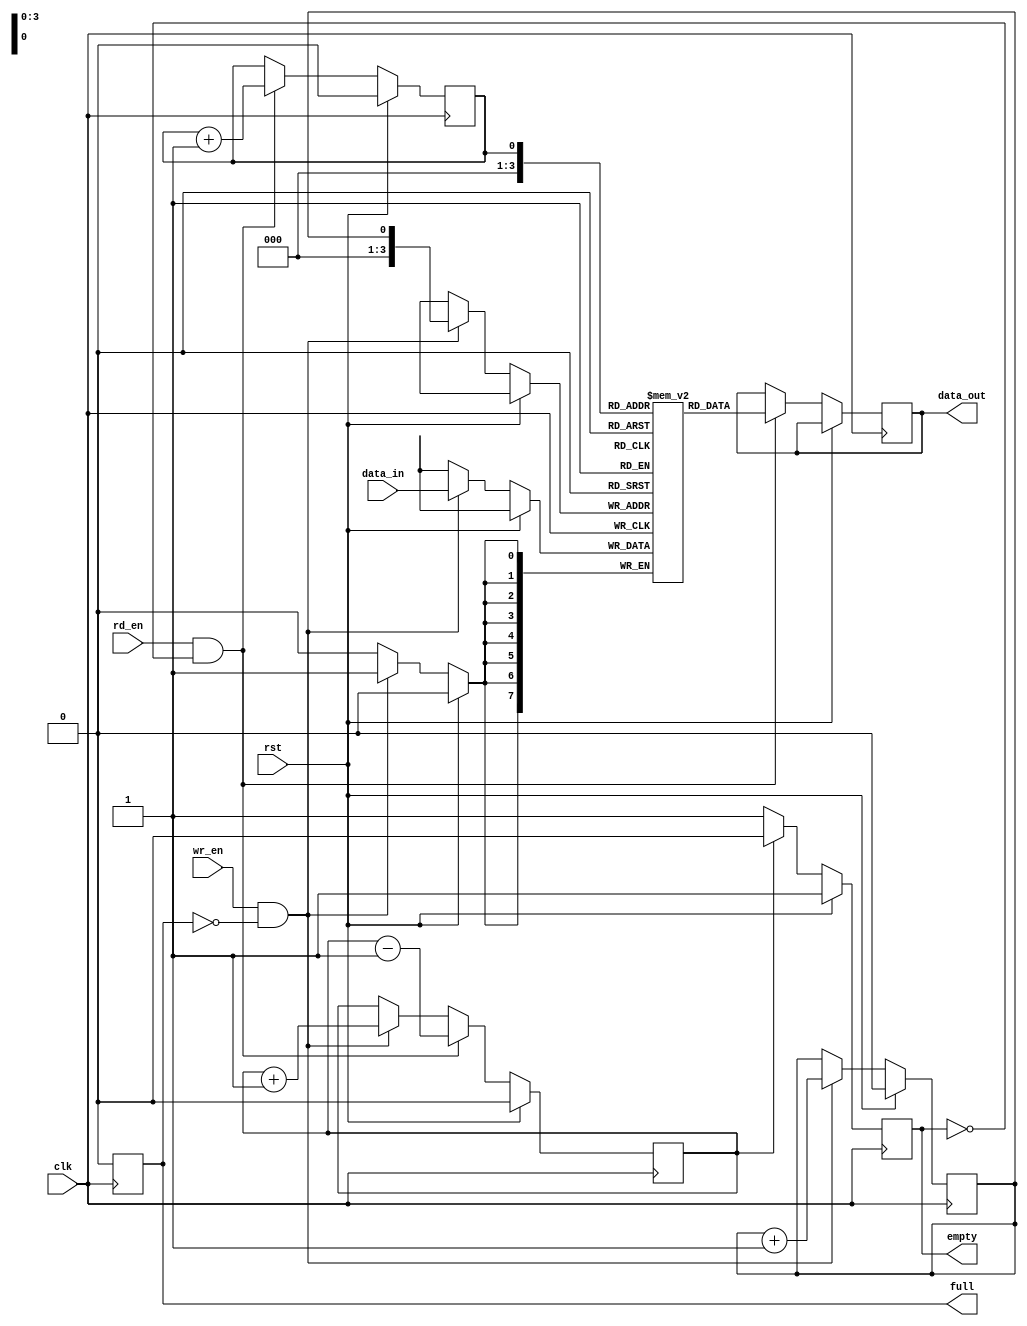
module fifo #
  (
    parameter DATA_WIDTH = 8,       // Data width of FIFO
    parameter DEPTH = 16,           // Depth of FIFO
    parameter FULL_THRESHOLD = 14   // Full threshold for FIFO
  )
  (
    input clk,                      // Clock signal
    input rst,                      // Reset signal
    input wr_en,                    // Write enable signal
    input rd_en,                    // Read enable signal
    input [DATA_WIDTH-1:0] data_in, // Input data to be written
    output reg [DATA_WIDTH-1:0] data_out, // Output data read
    output reg full,                // Full flag
    output reg empty                // Empty flag
  );

  reg [DATA_WIDTH-1:0] mem[DEPTH-1:0];   // Data memory
  reg wr_ptr = 0;                        // Write pointer
  reg rd_ptr = 0;                        // Read pointer
  reg count = 0;                         // Counter
  
  always @(posedge clk) begin
    if (rst) begin
      wr_ptr <= 0;
      rd_ptr <= 0;
      count <= 0;
      full <= 0;
      empty <= 1;
    end else begin
      // Write data into FIFO
      if (wr_en && !full) begin
        mem[wr_ptr] <= data_in;
        wr_ptr <= wr_ptr + 1;
        count <= count + 1;
      end
      
      // Read data from FIFO
      if (rd_en && !empty) begin
        data_out <= mem[rd_ptr];
        rd_ptr <= rd_ptr + 1;
        count <= count - 1;
      end
      
      // Check if FIFO is full or empty
      if (count == DEPTH) begin
        full <= 1;
        empty <= 0;
      end else if (count == 0) begin
        full <= 0;
        empty <= 1;
      end else begin
        full <= 0;
        empty <= 0;
      end
    end
  end
  
endmodule